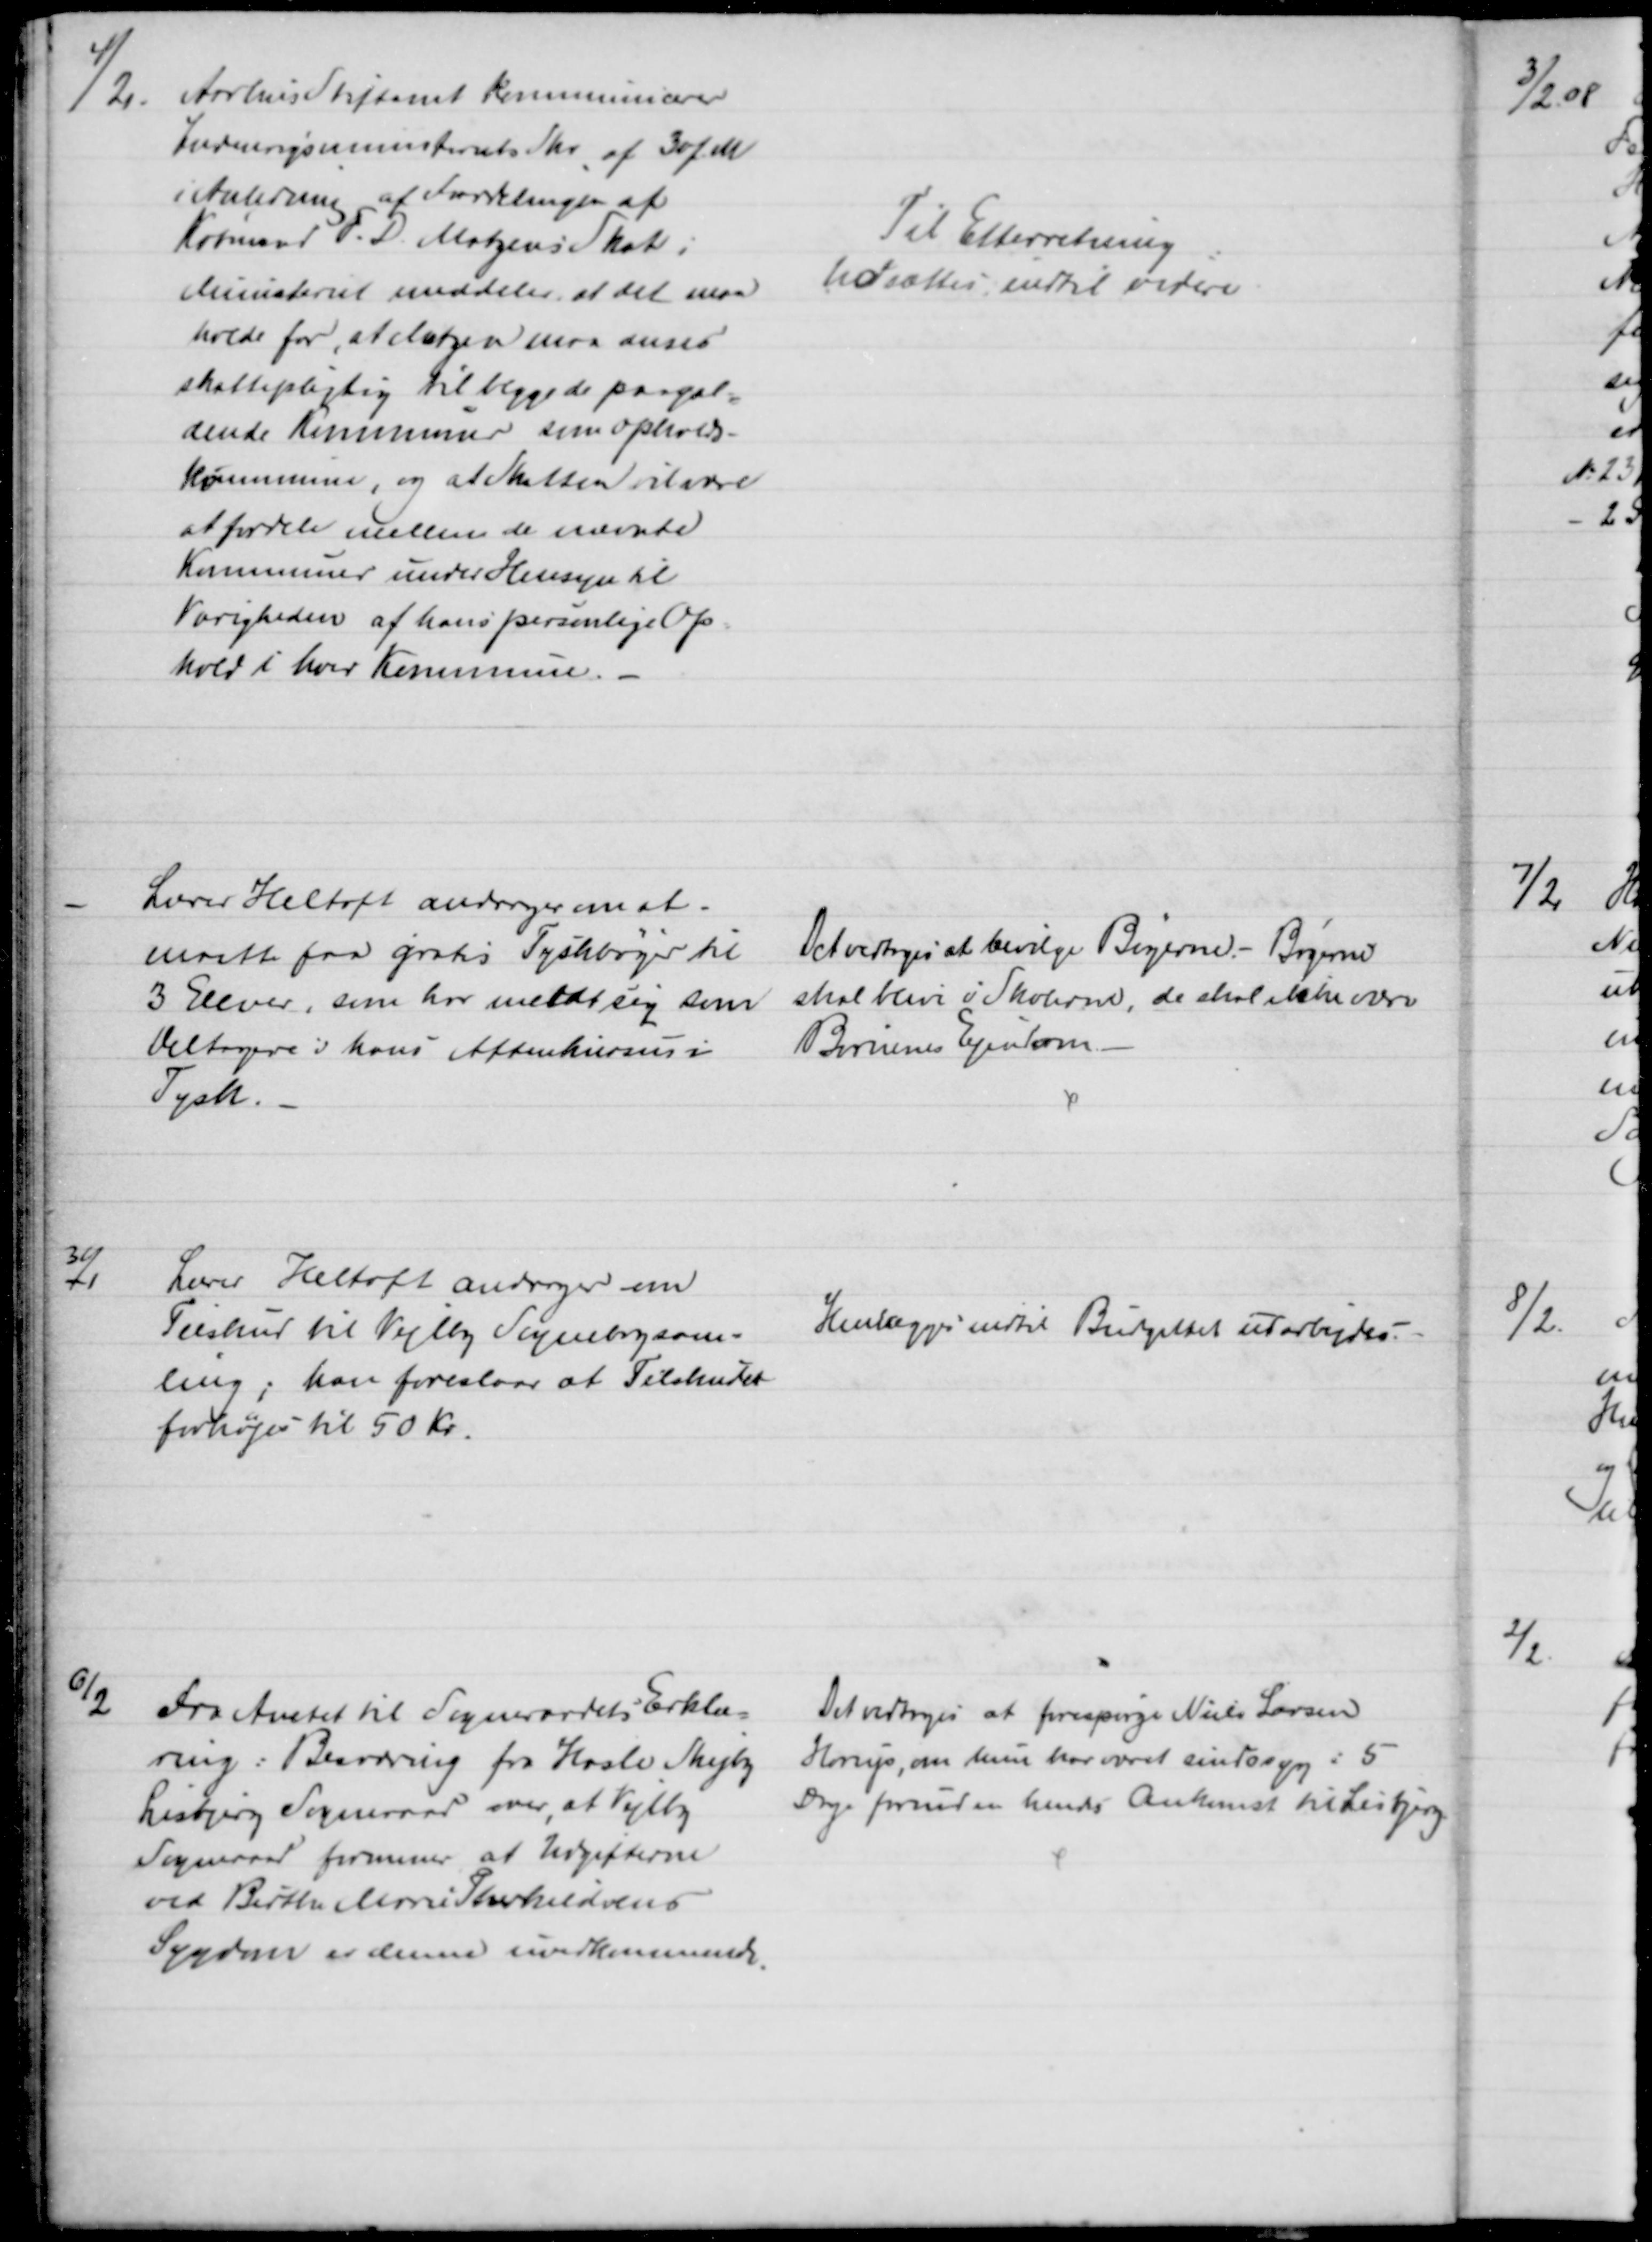
Transskription:
4/2.
Aarhus Stiftamt kommunicerer
Indenrigsministeriets Skr. af 30 f. M
i Anledning af Fordelingen af
Købmand F. D. Matzens Skat.
Ministeriet meddeler, at det maa
holde for, at Matzen maa anses
skattepligtig til begge de paagæl-
dende Kommuner som opholds-
kommune, og at Skatten vil være
at fordele mellem de nævnte
Kommuner under Hensyn til
Varigheden af hans personlige Op=
hold i hver Kommune.
Til Efterretning
Udsættes indtil videre
Lærer Heltoft andrager om at
maatte faa gratis Tyskbøger til 
3 Elever, som har meldt sig som
Deltagere i hans Aftenkursus i
Tysk.
Det vedtoges at bevilge Bøgerne. - Bøgerne
skal blive i Skolerne, de skal ikke være
Børnenes Ejendom.
30/1
Lærer Heltoft andrager om
Tilskud til Vejlby Sognebogsam=
ling; han foreslaar at Tilskudet
forhøjes til 50 Kr.
Henlægges indtil Budgettet udarbejdes.
6/2
Fra Amtet til Sogneraadets Erklæ-
ring: Besværing fra Hasle Skejby
Lisbjerg Sogneraad over, at Vejlby
Sogneraad formener at Udgifterne
ved Birthe Marie Therkildsens
Sygdom er denne uvedkommende
Det vedtoges at forespørge Niels Larsen
Horup, om hun har været sindssyg i 5
Dage forinden hendes Ankomst til Lisbjerg